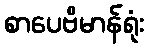
စာပေဗိမာန်ရုံး